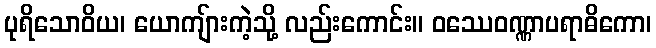
ပုရိသောဝိယ၊ ယောကျ်ားကဲ့သို့ လည်းကောင်း။ ဝဿေဝဏ္ဏာပရာဓိကော၊